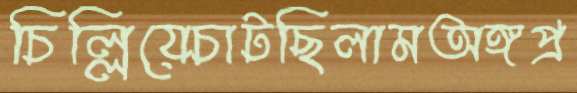
চিল্লিয়েচাটছিলামঅঙ্গপ্র